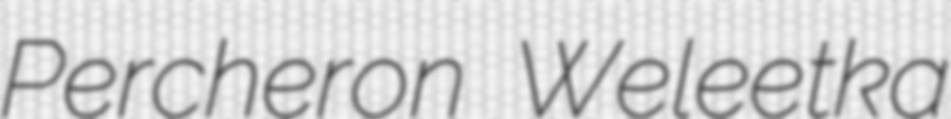
Percheron Weleetka